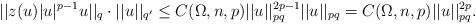
LaTeX: \begin{align*}||z(u)|u|^{p-1}u||_q\cdot||u||_{q'}\leq C(\Omega,n,p)||u||_{pq}^{2p-1}||u||_{pq}= C(\Omega,n,p)||u||_{pq}^{2p}.\end{align*}